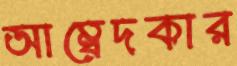
আম্বেদকার